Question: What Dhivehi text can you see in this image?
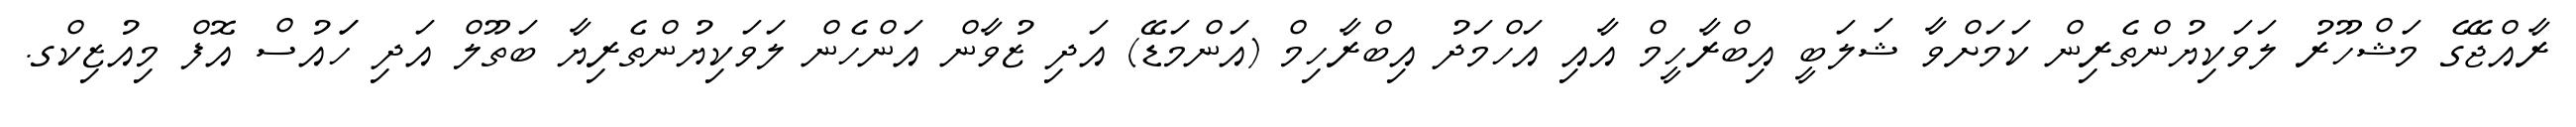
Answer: ރާއްޖޭގެ މަޝްހޫރު ލަވަކިޔުންތެރިން ކަމަށްވާ ޝަލަބީ އިބްރާހީމް އާއި އަހްމަދު އިބްރާހިމް (އަންމަޑޭ) އަދި ޒުވާން އަންހެން ލަވަކިޔުންތެރިޔާ ބަތޫލް އަދި ހަައުސް އޮފް މިއުޒިކްގ.